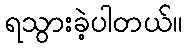
ရသွားခဲ့ပါတယ်။